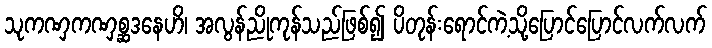
သုကဏှကဏှစ္ဆဒနေဟိ၊ အလွန်ညိုကုန်သည်ဖြစ်၍ ပိတုန်းရောင်ကဲ့သို့ပြောင်ပြောင်လက်လက်